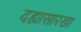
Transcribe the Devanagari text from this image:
दह्यासारखा